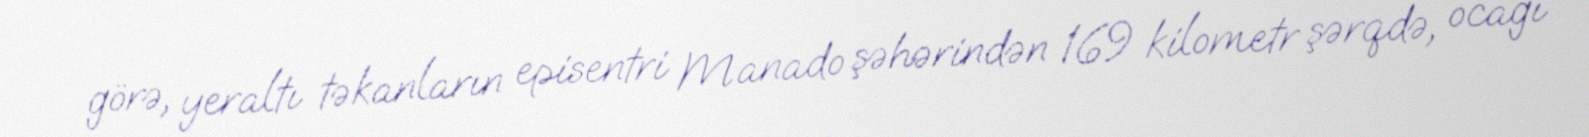
görə, yeraltı təkanların episentri Manado şəhərindən 169 kilometr şərqdə, ocağı